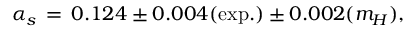
\alpha _ { s } \, = \, 0 . 1 2 4 \pm 0 . 0 0 4 ( \mathrm { e x p . } ) \pm 0 . 0 0 2 ( m _ { H } ) ,